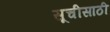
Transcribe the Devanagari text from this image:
सूचीसाठी